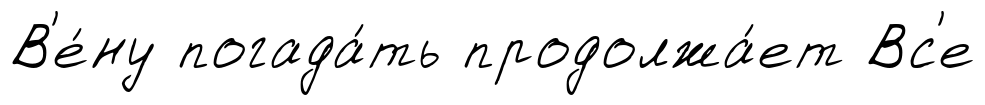
В'е́ну погада́ть продолжа́ет Вс'е